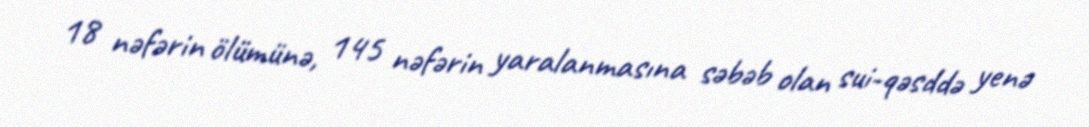
18 nəfərin ölümünə, 145 nəfərin yaralanmasına səbəb olan sui-qəsddə yenə